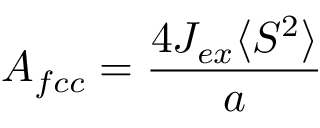
A _ { f c c } = { \frac { 4 J _ { e x } \langle S ^ { 2 } \rangle } { a } }